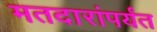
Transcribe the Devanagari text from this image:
मतदारांपर्यंत